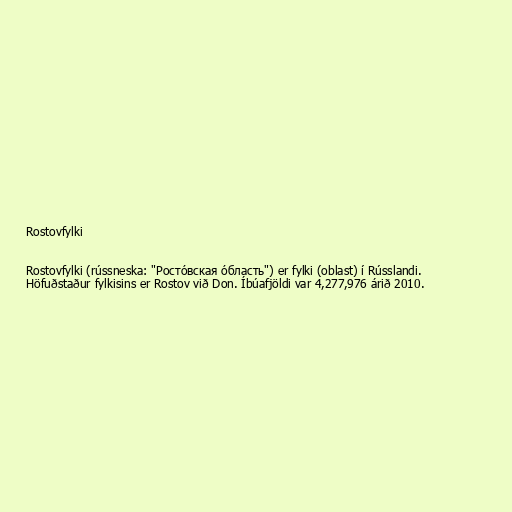
Rostovfylki

Rostovfylki (rússneska: "Росто́вская о́бласть") er fylki (oblast) í Rússlandi.
Höfuðstaður fylkisins er Rostov við Don. Íbúafjöldi var 4,277,976 árið 2010.